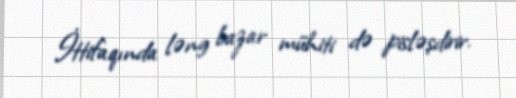
İttifaqında ləng bazar mühiti də pisləşdirir.